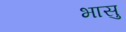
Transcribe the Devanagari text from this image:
भासु